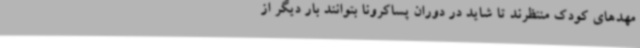
مهدهای کودک منتظرند تا شاید در دوران پساکرونا بتوانند بار دیگر از